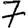
Digit: 7